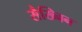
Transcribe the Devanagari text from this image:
सैख्निन